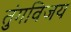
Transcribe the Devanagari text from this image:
तुंगविजय